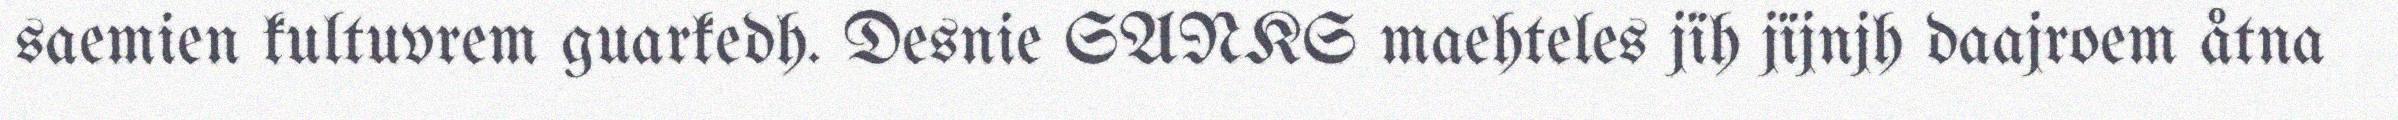
saemien kultuvrem guarkedh. Desnie SANKS maehteles jïh jïjnjh daajroem åtna